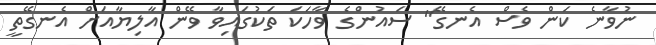
ނުވާނެ ކަން ވެސް އެނގޭ" ސައުންގެ ވާހަކަ ތަކުގައިވާ ވޭން އާލިޔާއަށް އެނގޭތީ